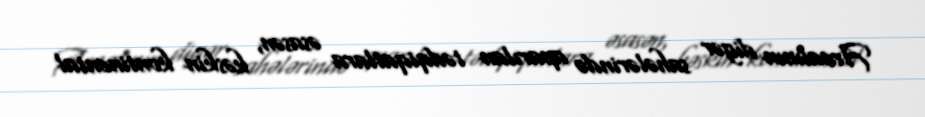
Arealının digər sahələrində aparılan tədqiqatlara əsasən, kəskin kontinental